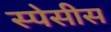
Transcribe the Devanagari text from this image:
स्पेसीस